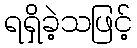
ရရှိခဲ့သဖြင့်